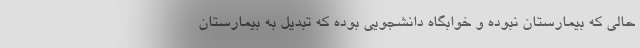
حالی که بیمارستان نبوده و خوابگاه دانشجویی بوده که تبدیل به بیمارستان